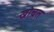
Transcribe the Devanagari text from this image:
खोचत